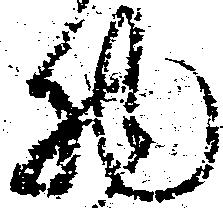
物